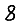
Digit: 8